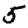
Digit: 5